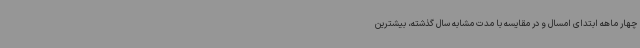
چهار ماهه ابتدای امسال و در مقایسه با مدت مشابه سال گذشته، بیشترین